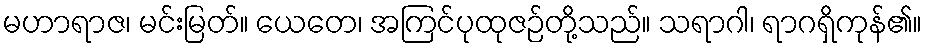
မဟာရာဇ၊ မင်းမြတ်။ ယေတေ၊ အကြင်ပုထုဇဉ်တို့သည်။ သရာဂါ၊ ရာဂရှိကုန်၏။